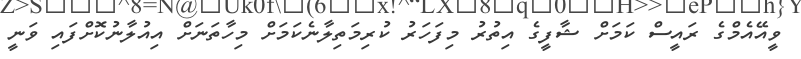
ވީއޭއެމްގެ ރައީސް ކަމަށް ޝާފީގެ އިތުރު މިފަހަރު ކުރިމަތިލާނެކަމަށް މިހާތަނަށް އިއުލާނުކޮށްފައި ވަނީ